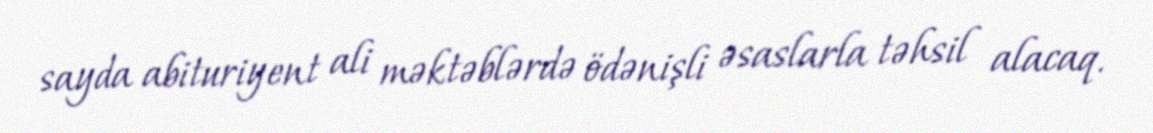
sayda abituriyent ali məktəblərdə ödənişli əsaslarla təhsil alacaq.